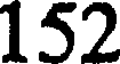
152